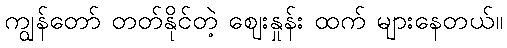
ကျွန်တော် တတ်နိုင်တဲ့ ဈေးနှုန်း ထက် များနေတယ်။